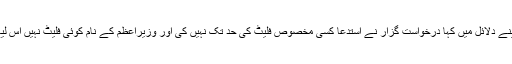
مخدوم علی خان نے اپنے دلائل میں کہا درخواست گزار نے استدعا کسی مخصوص فلیٹ کی حد تک نہیں کی اور وزیراعظم کے نام کوئی فلیٹ نہیں اس لیے جواب نہیں دوں گا۔